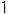
1